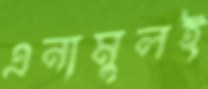
এনামুলই